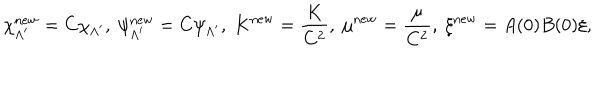
LaTeX: \chi _ { \Lambda ^ { \prime } } ^ { \mathrm { n e w } } = C \chi _ { \Lambda ^ { \prime } } , ~ \psi _ { \Lambda ^ { \prime } } ^ { \mathrm { n e w } } = C \psi _ { \Lambda ^ { \prime } } , ~ K ^ { \mathrm { n e w } } = \frac { K } { C ^ { 2 } } , ~ \mu ^ { \mathrm { n e w } } = \frac { \mu } { C ^ { 2 } } , ~ \xi ^ { \mathrm { n e w } } = A ( 0 ) B ( 0 ) \xi ,